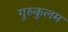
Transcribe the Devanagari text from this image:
गुरुकुलम